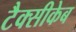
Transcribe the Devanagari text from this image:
टैक्सीकेब